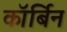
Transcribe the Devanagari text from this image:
कॉर्बिन